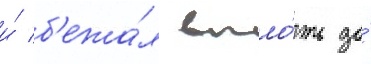
и́ б'ежа́л впло́ть до́